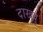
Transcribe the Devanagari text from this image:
दाखवु